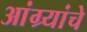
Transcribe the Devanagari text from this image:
आंग्र्यांचे